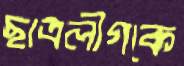
ছাত্রলীগকে